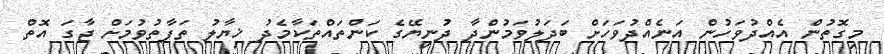
މިގޮތުން އެއްދުވަހުން އަނެއްދުވަހަށް ބަދަލުވަމުންދާ ދުނިޔޭގެ ކަންތައްތަކާމެދު ޚިޔާލު ތަފާތުވުމަށް ޖާގަ އޮތް